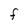
Character: F